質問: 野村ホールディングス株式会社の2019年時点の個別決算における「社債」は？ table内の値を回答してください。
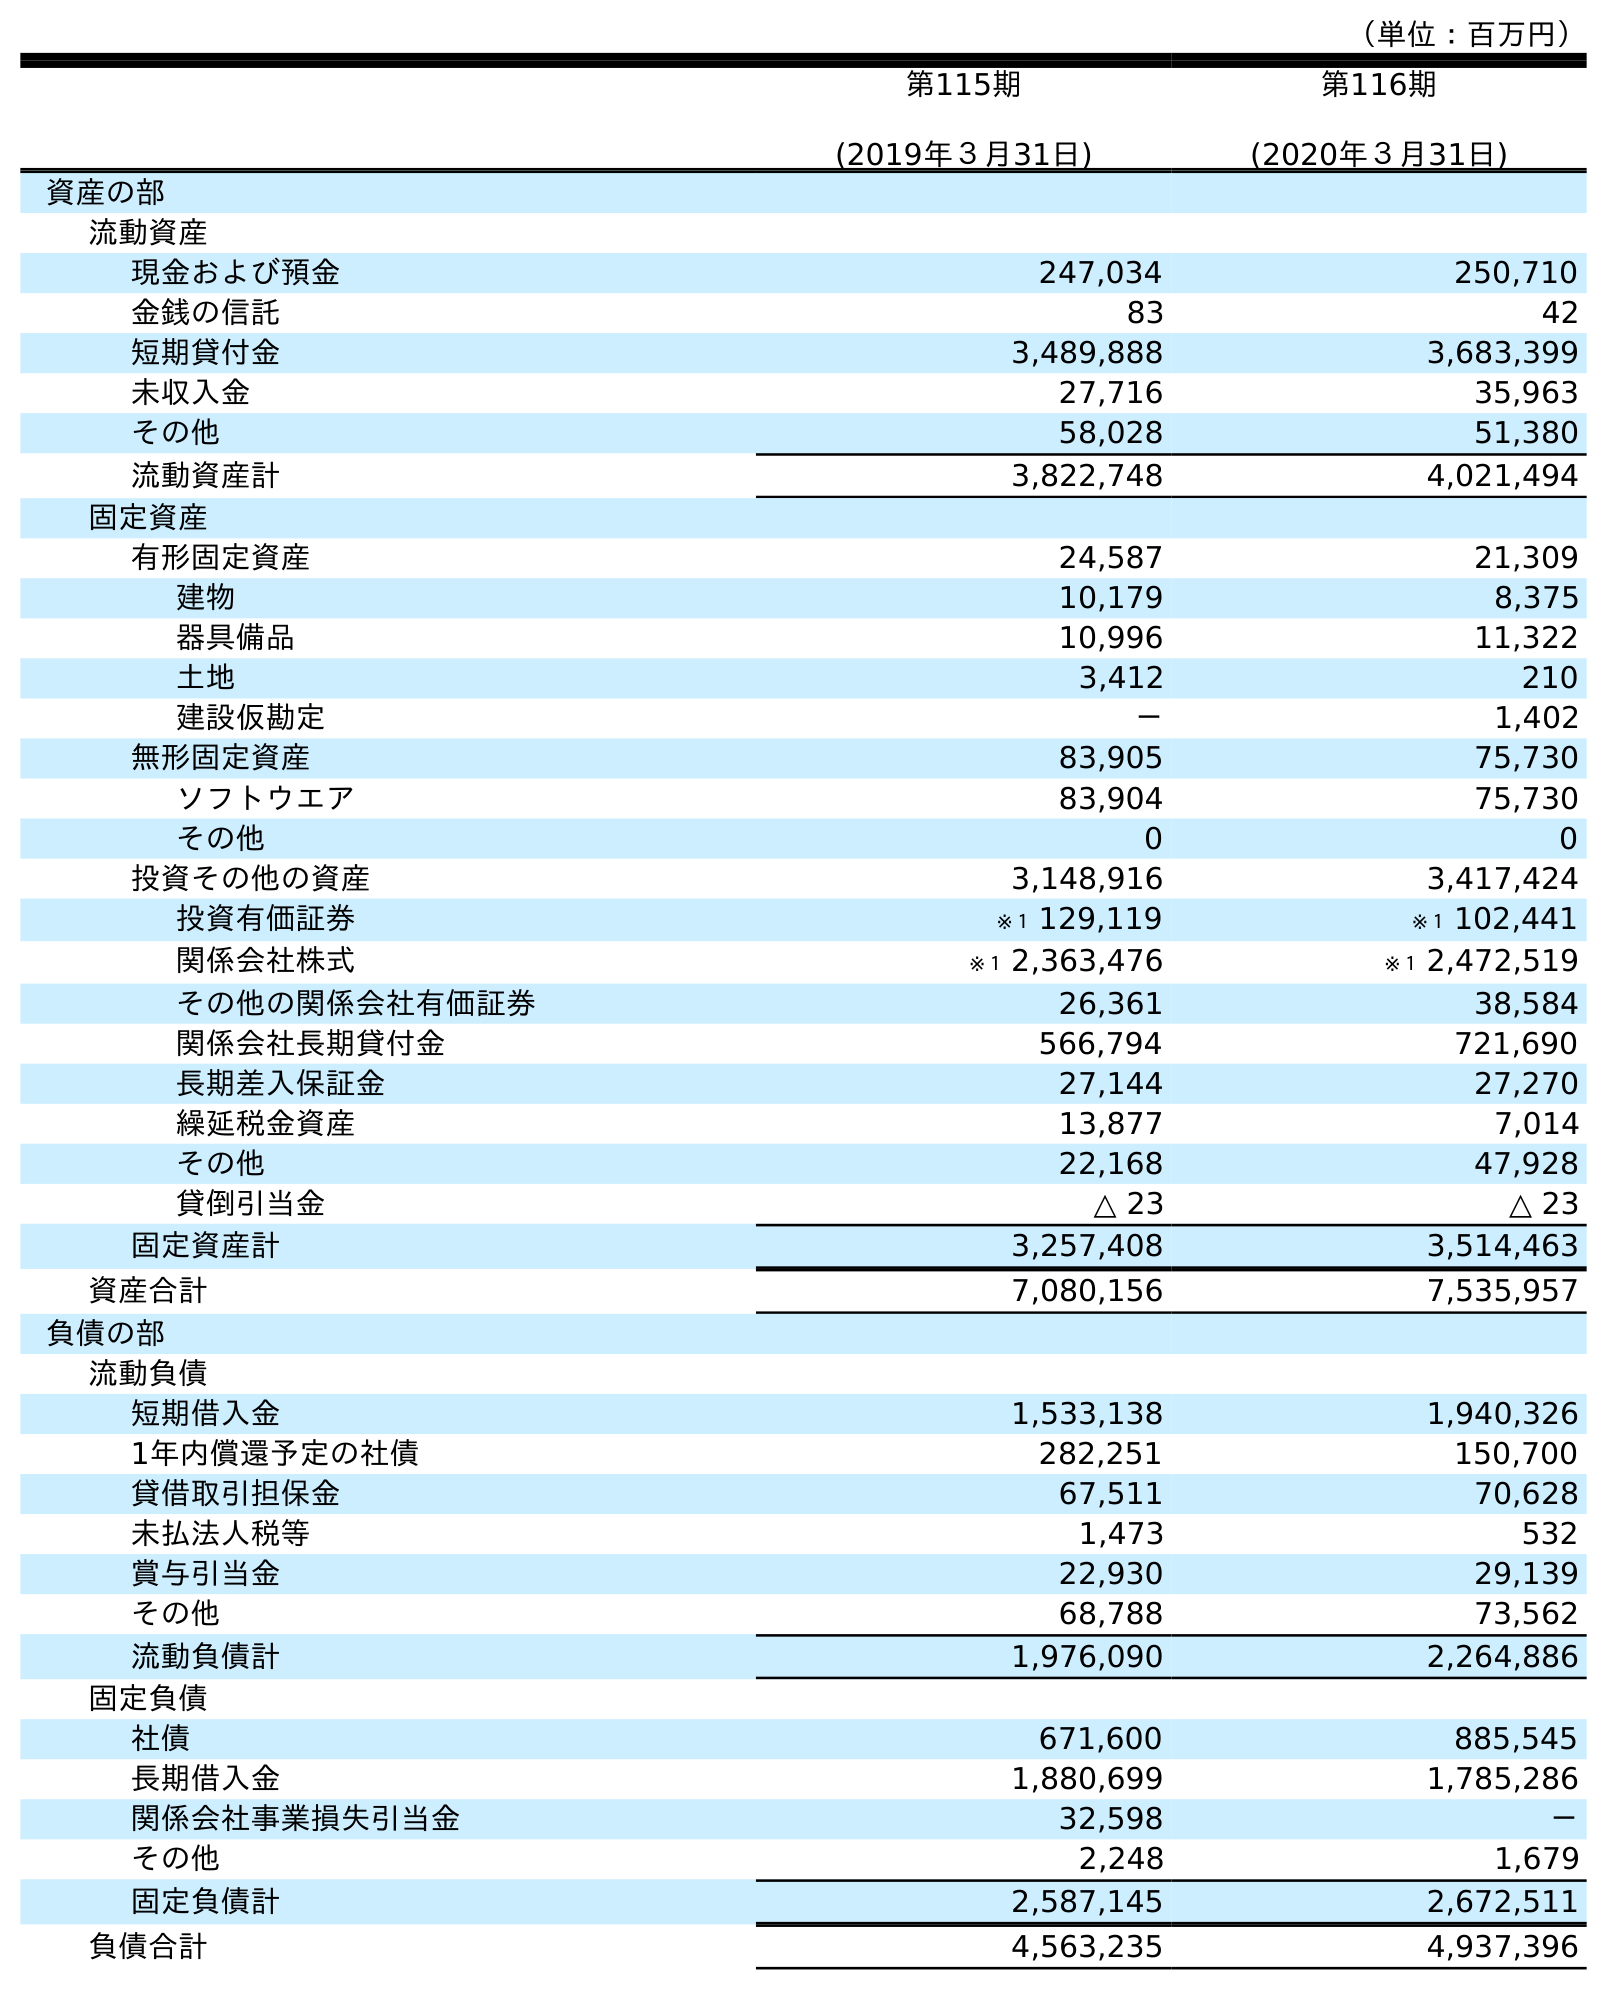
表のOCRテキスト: （単位：百万円） 第115期 (2019年３月31日) 第116期 (2020年３月31日) 資産の部 流動資産 現金および預金 247,034 250,710 金銭の信託 83 42 短期貸付金 3,489,888 3,683,399 未収入金 27,716 35,963 その他 58,028 51,380 流動資産計 3,822,748 4,021,494 固定資産 有形固定資産 24,587 21,309 建物 10,179 8,375 器具備品 10,996 11,322 土地 3,412 210 建設仮勘定 － 1,402 無形固定資産 83,905 75,730 ソフトウエア 83,904 75,730 その他 0 0 投資その他の資産 3,148,916 3,417,424 投資有価証券 ※１ 129,119 ※１ 102,441 関係会社株式 ※１ 2,363,476 ※１ 2,472,519 その他の関係会社有価証券 26,361 38,584 関係会社長期貸付金 566,794 721,690 長期差入保証金 27,144 27,270 繰延税金資産 13,877 7,014 その他 22,168 47,928 貸倒引当金 △ 23 △ 23 固定資産計 3,257,408 3,514,463 資産合計 7,080,156 7,535,957 負債の部 流動負債 短期借入金 1,533,138 1,940,326 1年内償還予定の社債 282,251 150,700 貸借取引担保金 67,511 70,628 未払法人税等 1,473 532 賞与引当金 22,930 29,139 その他 68,788 73,562 流動負債計 1,976,090 2,264,886 固定負債 社債 671,600 885,545 長期借入金 1,880,699 1,785,286 関係会社事業損失引当金 32,598 － その他 2,248 1,679 固定負債計 2,587,145 2,672,511 負債合計 4,563,235 4,937,396
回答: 671,600